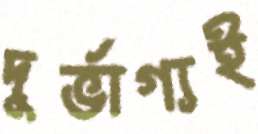
দুর্ভাগ্যই